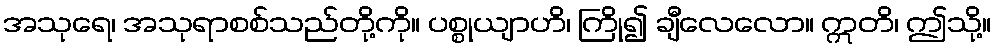
အသုရေ၊ အသုရာစစ်သည်တို့ကို။ ပစ္စုယျာဟိ၊ ကြို၍ ချီလေလော။ ဣတိ၊ ဤသို့။